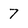
Character: 7